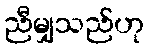
ညီမျှသည်ဟု